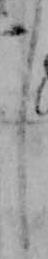
し